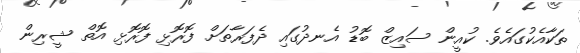
ތަކާއެކުގައެވެ. ކުއީން ސައިޒް ބޮޑު އެނދުގައި ދެފަރާތަށް ފޮރޮޅި ފޮރޮޅި އޮތް ޝީރިން